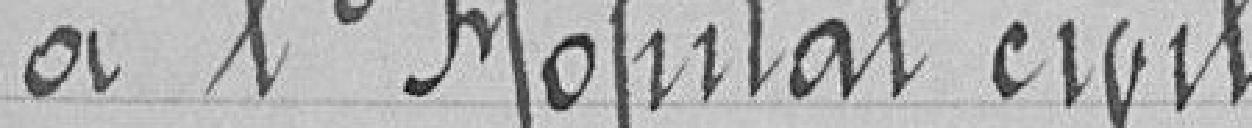
à l'Hôpital civil